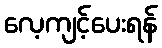
လေ့ကျင့်ပေးရန်